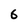
Character: 6